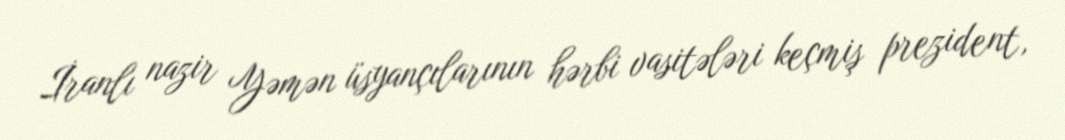
İranlı nazir Yəmən üsyançılarının hərbi vasitələri keçmiş prezident,